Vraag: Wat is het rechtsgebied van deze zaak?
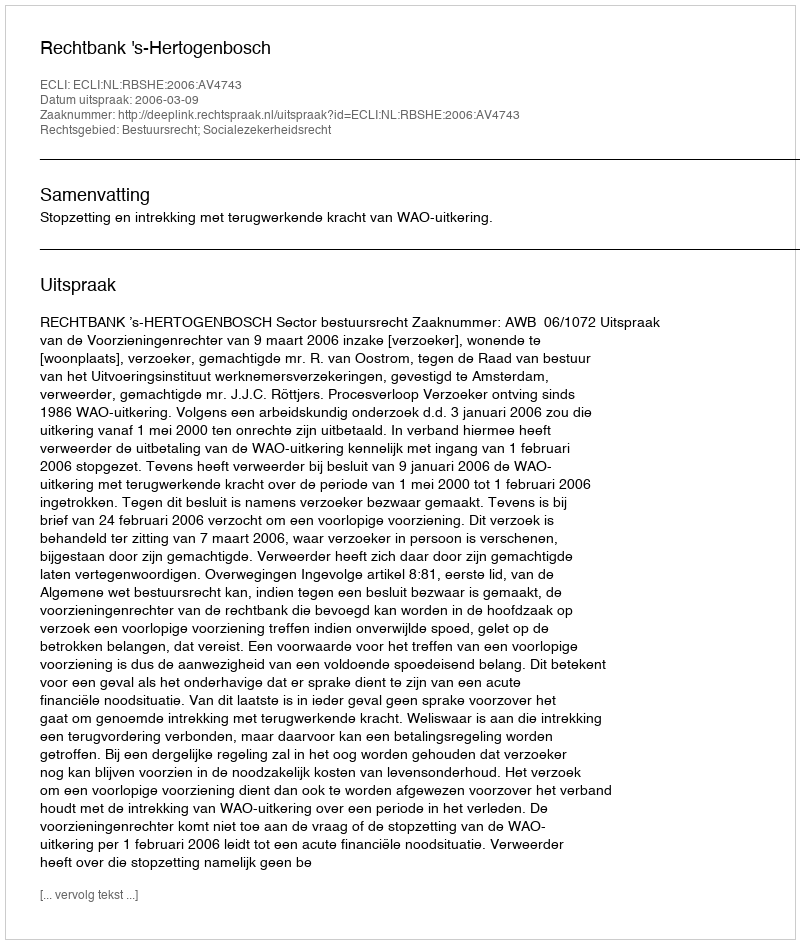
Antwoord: Bestuursrecht; Socialezekerheidsrecht